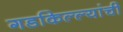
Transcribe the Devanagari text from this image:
गडकिल्ल्यांची